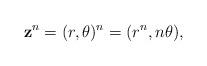
LaTeX: \begin{align*} \mathbf{z}^n=(r,\theta )^n=(r^n, n\theta ), \end{align*}